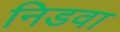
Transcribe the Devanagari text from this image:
निडवा